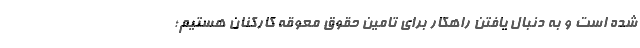
شده است و به دنبال یافتن راهکار برای تامین حقوق معوقه کارکنان هستیم؛